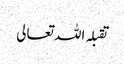
تقبلہ اللہ تعالی